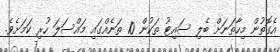
އެގޮތުން މިހާތަނަށް ބެލި ސައިޓު ތަކުން 10 ތަނެއްގައި މައްސަލަ ހުރި ކަމަށެވެ.